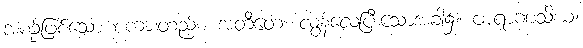
အစဉ်ဖြစ်သော စကားတည်း။ အတီတေ၊ လွန်လေပြီးသောအခါ၌။ ဗာရာဏသိယံ၊